Leaving Certificate Examination, 1910
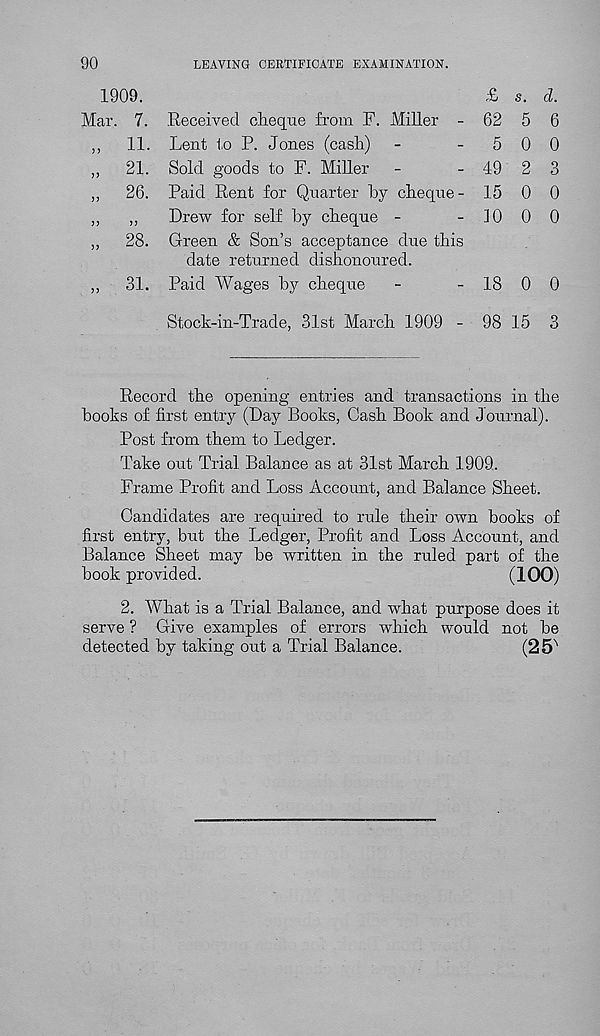
90
LEAVING CERTIFICATE EXAMINATION.
1909.
£ s. cl.
Mar. 7. .Received cheque from F. Miller - 62 5 6
,,
11. Lent to P. Jones (cash)
-
-500
,,
21. Sold goods to F. Miller
-
- 49 2 3
,,
26. Paid Rent for Quarter by cheque- 15 0 0
„
„
Drew for self by cheque -
- 10 0 0
„
28. Green & Son’s acceptance due this
date returned dishonoured.
,,
31. Paid Wages by cheque
-
- 18 0 0
Stock-in-Trade, 31st March 1909 - 98 15 3
Record the opening entries and transactions in the
books of first entry (Day Books, Cash Book and Journal).
Post from them to Ledger.
Take out Trial Balance as at 31st March 1909.
Frame Profit and Loss Account, and Balance Sheet.
Candidates are required to rule their own books of
first entry, but the Ledger, Profit and Loss Account, and
Balance Sheet may be written in the ruled part of the
book provided.
(100)
2. What is a Trial Balance, and what purpose does it
serve ? Give examples of errors which would not be
detected by taking out a Trial Balance.
(25 x